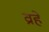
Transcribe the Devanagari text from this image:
व्राहे